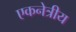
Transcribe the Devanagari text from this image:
एकनेत्रीय